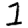
Digit: 1